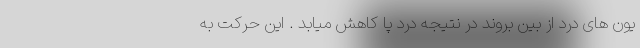
یون های درد از بین بروند در نتیجه درد پا کاهش میابد . این حرکت به